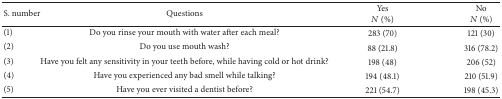
<table><thead><tr><td><b>S. number</b></td><td><b>Questions</b></td><td><b>Yes<i>N</i> (%)</b></td><td><b>No<i>N</i> (%)</b></td></tr></thead><tbody><tr><td>(1)</td><td>Do you rinse your mouth with water after each meal?</td><td>283 (70)</td><td>121 (30)</td></tr><tr><td>(2)</td><td>Do you use mouth wash?</td><td>88 (21.8)</td><td>316 (78.2)</td></tr><tr><td>(3)</td><td>Have you felt any sensitivity in your teeth before, while having cold or hot drink?</td><td>198 (48)</td><td>206 (52)</td></tr><tr><td>(4)</td><td>Have you experienced any bad smell while talking?</td><td>194 (48.1)</td><td>210 (51.9)</td></tr><tr><td>(5)</td><td>Have you ever visited a dentist before?</td><td>221 (54.7)</td><td>198 (45.3)</td></tr></tbody></table>